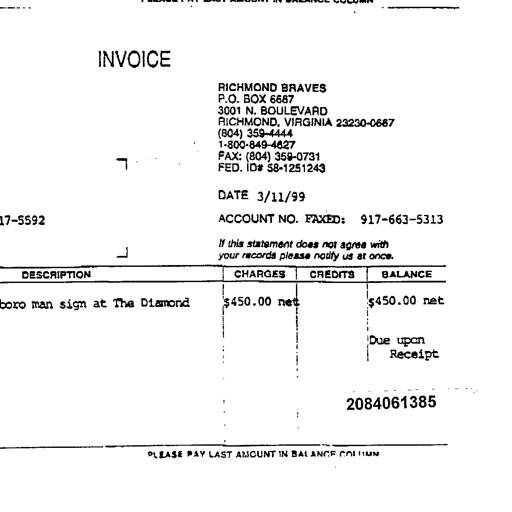
INVOICE
RICHMOND BRAVES
P.O. BOX 6687
3001 N. BOULEVARD
RICHMOND, VIRGINIA 23230-0667
(804) 359-4444
1-800-849-4627
FAX: (804) 359-0731
FED. ID# 58-1251243
DATE 3/11/99
ACCOUNT NO. FAXED: 917-663-5313
If this statement does not agree with
your records please notify us at once.
DESCRIPTION CHARGES CREDITS BALANCE
man sign at The Diamond $450.00 net $450.00 net
Due upon
Receipt
2084061385
PLEASE PAY LAST AMOUNT IN BALANCE COLUMN